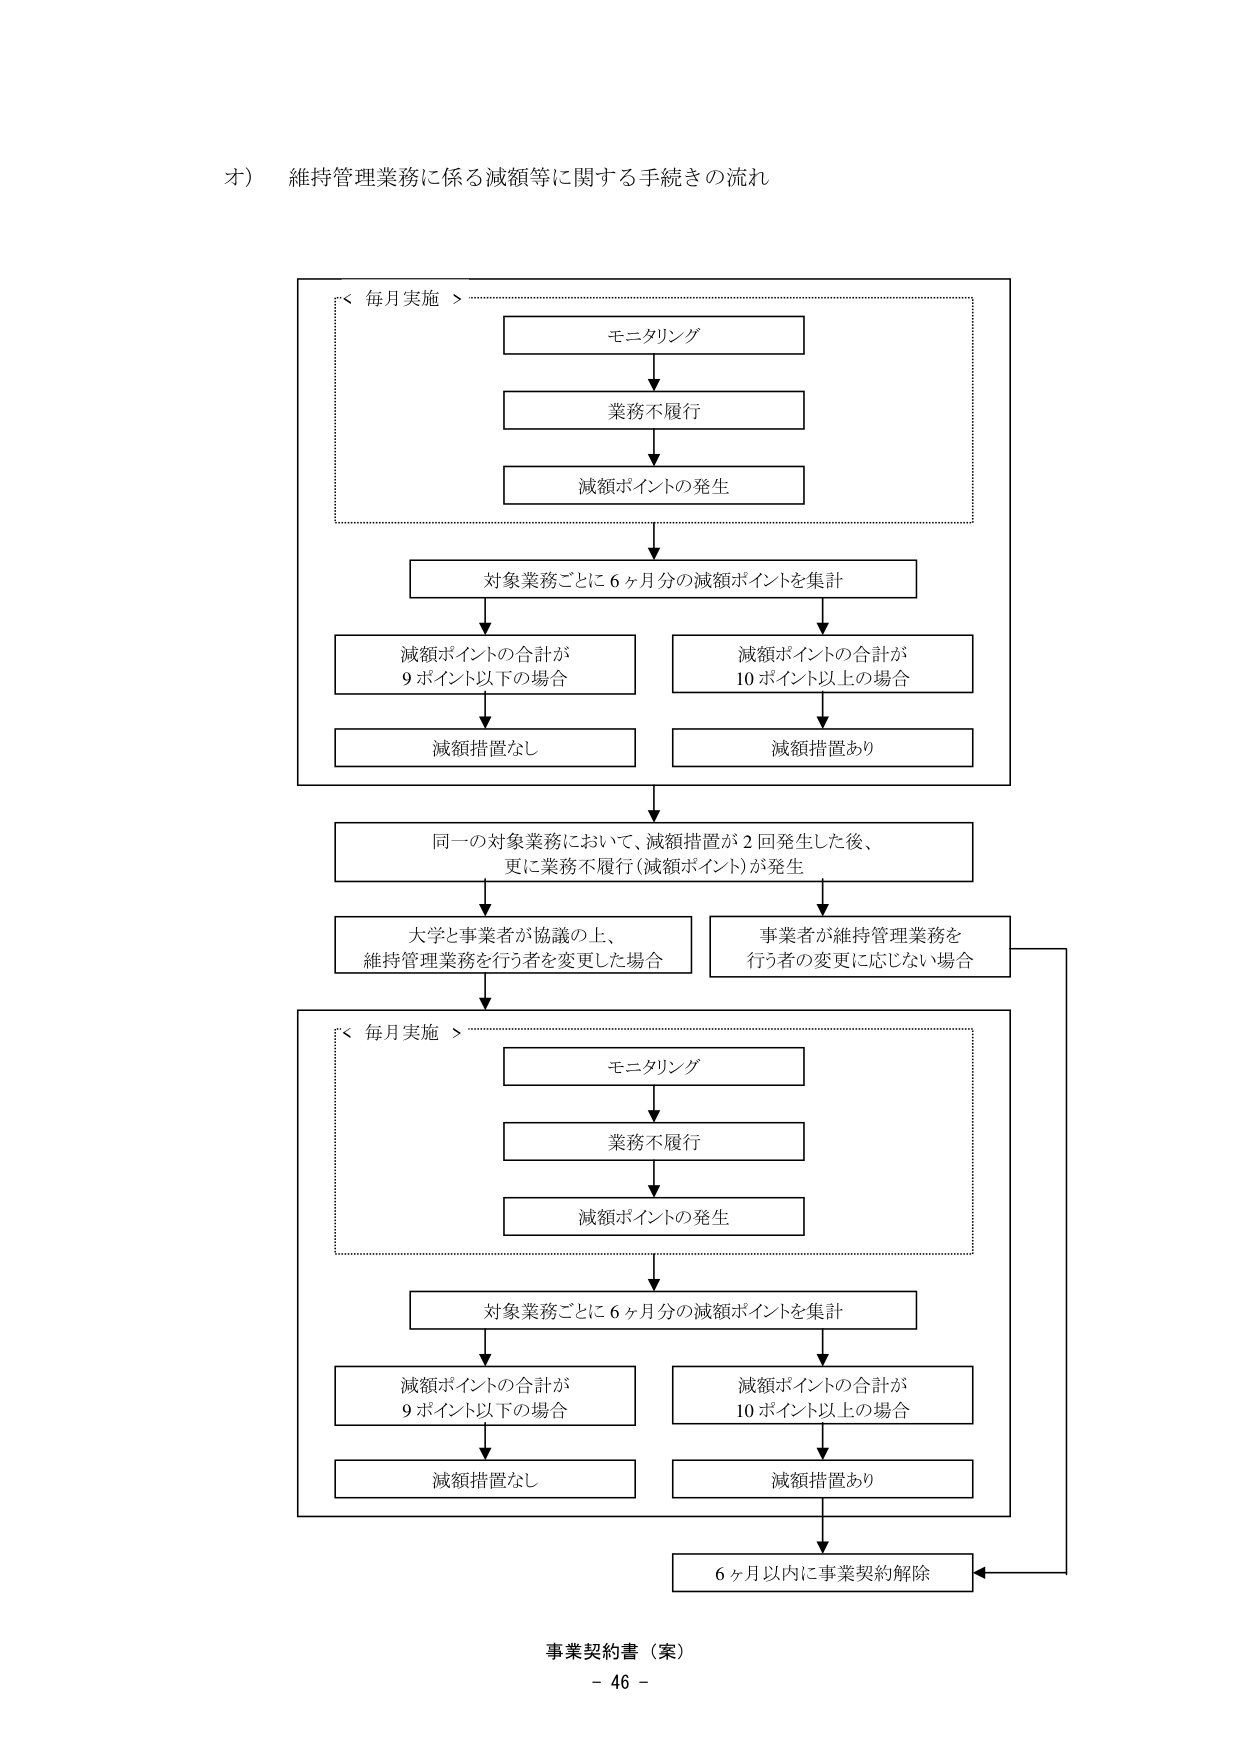
オ) 維持管理業務に係る減額等に関する手続きの流れ

＜毎月実施＞
モニタリング
業務不履行
減額ポイントの発生

対象業務ごとに６ヶ月分の減額ポイントを集計

減額ポイントの合計が
９ポイント以下の場合
減額措置なし

減額ポイントの合計が
10ポイント以上の場合
減額措置あり

同一の対象業務において、減額措置が２回発生した後、
更に業務不履行（減額ポイント）が発生

大学と事業者が協議の上、
維持管理業務を行う者を変更した場合

事業者が維持管理業務を
行う者の変更に応じない場合

＜毎月実施＞
モニタリング
業務不履行
減額ポイントの発生

対象業務ごとに６ヶ月分の減額ポイントを集計

減額ポイントの合計が
９ポイント以下の場合
減額措置なし

減額ポイントの合計が
10ポイント以上の場合
減額措置あり

６ヶ月以内に事業契約解除

事業契約書（案）
- 46 -